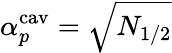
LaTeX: \alpha_{p}^{\mathrm{cav}}=\sqrt{N_{1/2}}